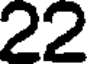
22